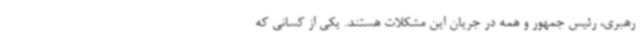
رهبری، رئیس جمهور و همه در جریان این مشکلات هستند. یکی از کسانی که